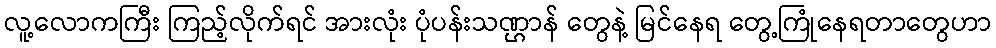
လူ့လောကကြီး ကြည့်လိုက်ရင် အားလုံး ပုံပန်းသဏ္ဌာန် တွေနဲ့ မြင်နေရ တွေ့ကြုံနေရတာတွေဟာ